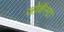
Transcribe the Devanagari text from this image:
जोकॅस्टा